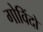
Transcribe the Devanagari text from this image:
गोविंदो